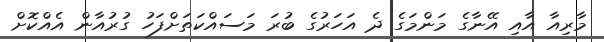
މާރިއާ އާއި އޭނާގެ މަންމަގެ ދެ އަހަރުގެ ބުރަ މަސައްކަތަށްފަހު ގުރުއާން އެއްކޮށް